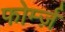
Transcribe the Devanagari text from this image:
फोर्म्ज़